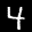
Label: 4